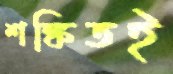
শঙ্কিতই